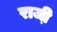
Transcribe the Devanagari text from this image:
राजी़